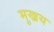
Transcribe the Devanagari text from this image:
मुख्रय